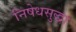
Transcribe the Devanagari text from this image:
निषेधसुद्धा